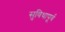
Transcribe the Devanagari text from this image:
सुविधापूर्व